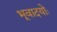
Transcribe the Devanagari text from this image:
भूवादयोः